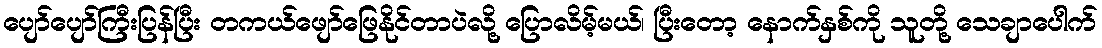
ပျော်ပျော်ကြီးပြန်ပြီး တကယ်ဖျော်ဖြေနိုင်တာပဲလို့ ပြောလိမ့်မယ်၊ ပြီးတော့ နောက်နှစ်ကို သူတို့ သေချာပေါက်